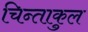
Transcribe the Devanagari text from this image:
चिन्ताकुल